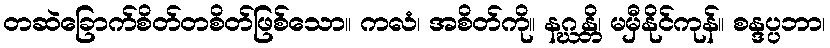
တဆဲခြောက်စိတ်တစိတ်ဖြစ်သော။ ကလံ၊ အစိတ်ကို။ နဂ္ဃန္တိ၊ မမှီနိုင်ကုန်။ စန္ဒပ္ပဘာ၊